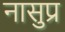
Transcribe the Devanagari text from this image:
नासुप्र